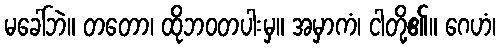
မခေါ်ဘဲ။ တတော၊ ထိုဘဝတပါးမှ။ အမှာကံ၊ ငါတို့၏။ ဂေဟံ၊